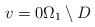
LaTeX: \begin{align*}v = 0 \Omega_{1} \setminus D\end{align*}